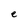
Character: e